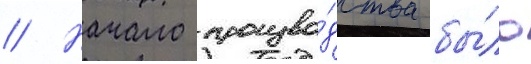
// Начало произво́дства бы́ло